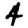
Digit: 4